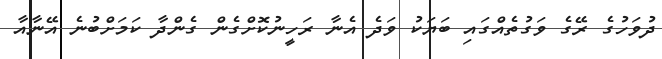
ދުވަހުގެ ރޭގެ ވަގުތެއްގައި ބަޔަކު ވަދެ އެނާ ރަހީނުކޮށްގެން ގެންދާ ކަމަށްބުނެ އޭނާއާ